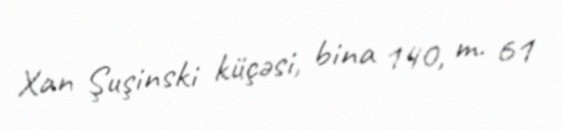
Xan Şuşinski küçəsi, bina 140, m. 61